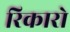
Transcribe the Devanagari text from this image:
रिकारो